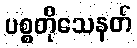
ပစ္စတိုသေနတ်